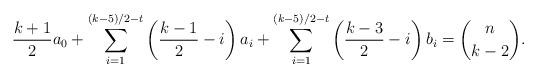
LaTeX: \begin{align*}\frac{k+1}{2}a_0+\sum_{i=1}^{(k-5)/2-t} \left(\frac{k-1}{2}-i\right)a_i+\sum_{i=1}^{(k-5)/2-t} \left(\frac{k-3}{2}-i\right)b_i=\binom{n}{k-2}.\end{align*}